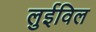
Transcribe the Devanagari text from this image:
लुईविल